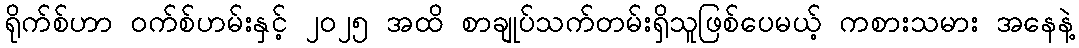
ရိုက်စ်ဟာ ဝက်စ်ဟမ်းနှင့် ၂၀၂၅ အထိ စာချုပ်သက်တမ်းရှိသူဖြစ်ပေမယ့် ကစားသမား အနေနဲ့